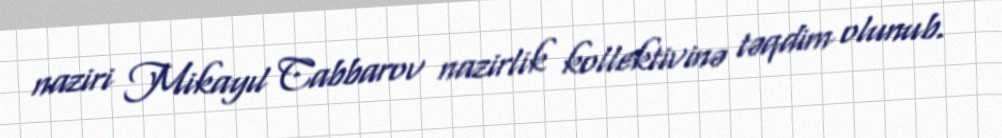
naziri Mikayıl Cabbarov nazirlik kollektivinə təqdim olunub.